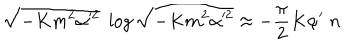
\sqrt { - K m ^ { 2 } \alpha ^ { 2 } } \; \log \sqrt { - K m ^ { 2 } \alpha ^ { 2 } } \approx - \frac { \pi } { 2 } K \alpha ^ { \prime } \; n